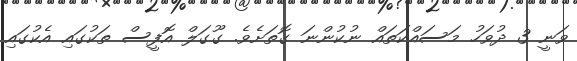
ވަނީ 3 ދުވަހު މަސައްކަތައް ނުކުންނަ ގޮތަށެވެ. ގޫގަލް އޮފީސް ތަކުގައި އެކުގައި